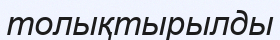
толықтырылды